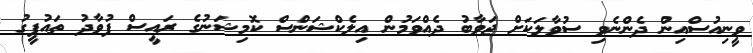
ވީނިއުސްއިން ދެންނެވި ސުވާލަކަށް ޖަވާބު ދެއްވަމުން އިލެކްޝަންސް ކޮމިޝަނުގެ ރައީސް ފުވާދު ތައުފީގު